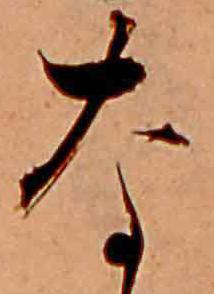
な